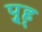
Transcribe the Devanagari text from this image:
पु्ह्